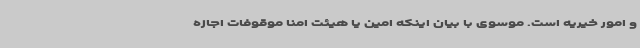
و امور خیریه است. موسوی با بیان اینکه امین یا هیئت امنا موقوفات اجازه